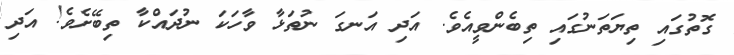
ގޮތުގައި ތިޔަތަނުގައި ތިބެންވީއެވެ. އަދި އަނގަ ނުތަޅާ ވާހަކަ ނުދައްކާ ތިބޭށެވެ! އަދި